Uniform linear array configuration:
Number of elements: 32
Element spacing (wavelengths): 1
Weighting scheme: hamming
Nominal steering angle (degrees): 60
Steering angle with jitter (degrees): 58.48
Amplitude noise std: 0.05
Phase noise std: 0.05

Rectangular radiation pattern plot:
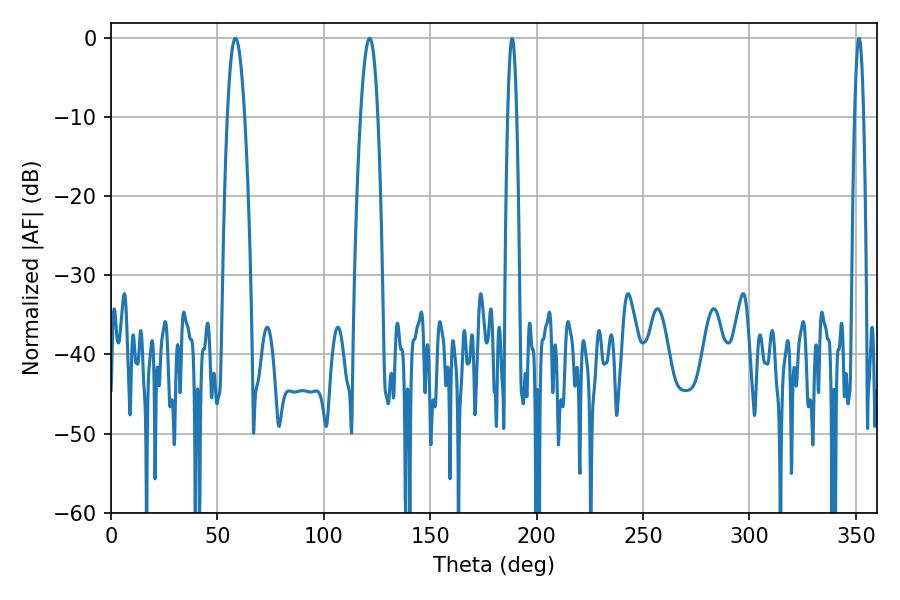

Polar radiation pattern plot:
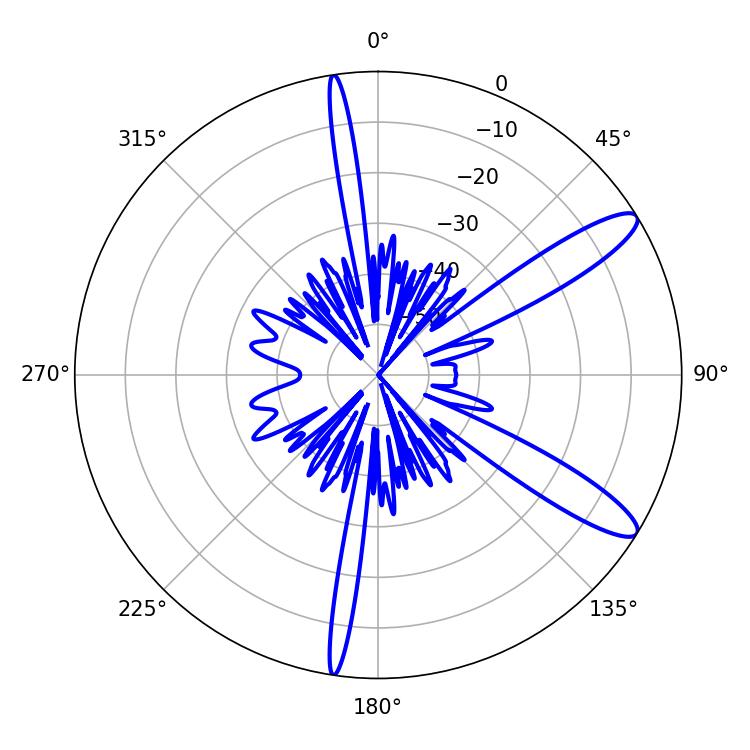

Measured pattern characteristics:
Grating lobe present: TRUE
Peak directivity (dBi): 11.835
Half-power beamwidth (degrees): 4.5
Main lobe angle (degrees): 58.5